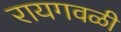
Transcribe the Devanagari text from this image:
रायगवळी